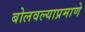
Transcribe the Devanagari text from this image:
बोलवल्याप्रमाणे